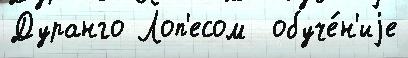
Дуранго Лоп'есом  обуче́н'иjе